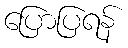
ပြောပြရန်